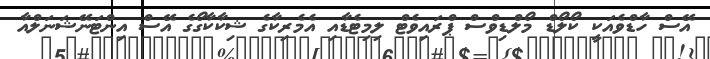
އޭސް ހާޑްވެއަކީ ކޯލޯޑް މޯލްޑިވްސް ޕްރައިވެޓް ލިމިޓެޑާއި އެމެރިކާގެ ޝިކާކާގޯގެ އޭސް އިންޓަނޭޝަނަލްއާ